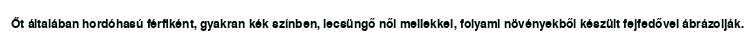
Őt általában hordóhasú férfiként, gyakran kék színben, lecsüngő női mellekkel, folyami növényekből készült fejfedővel ábrázolják.